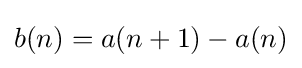
b(n)=a(n+1)-a(n)